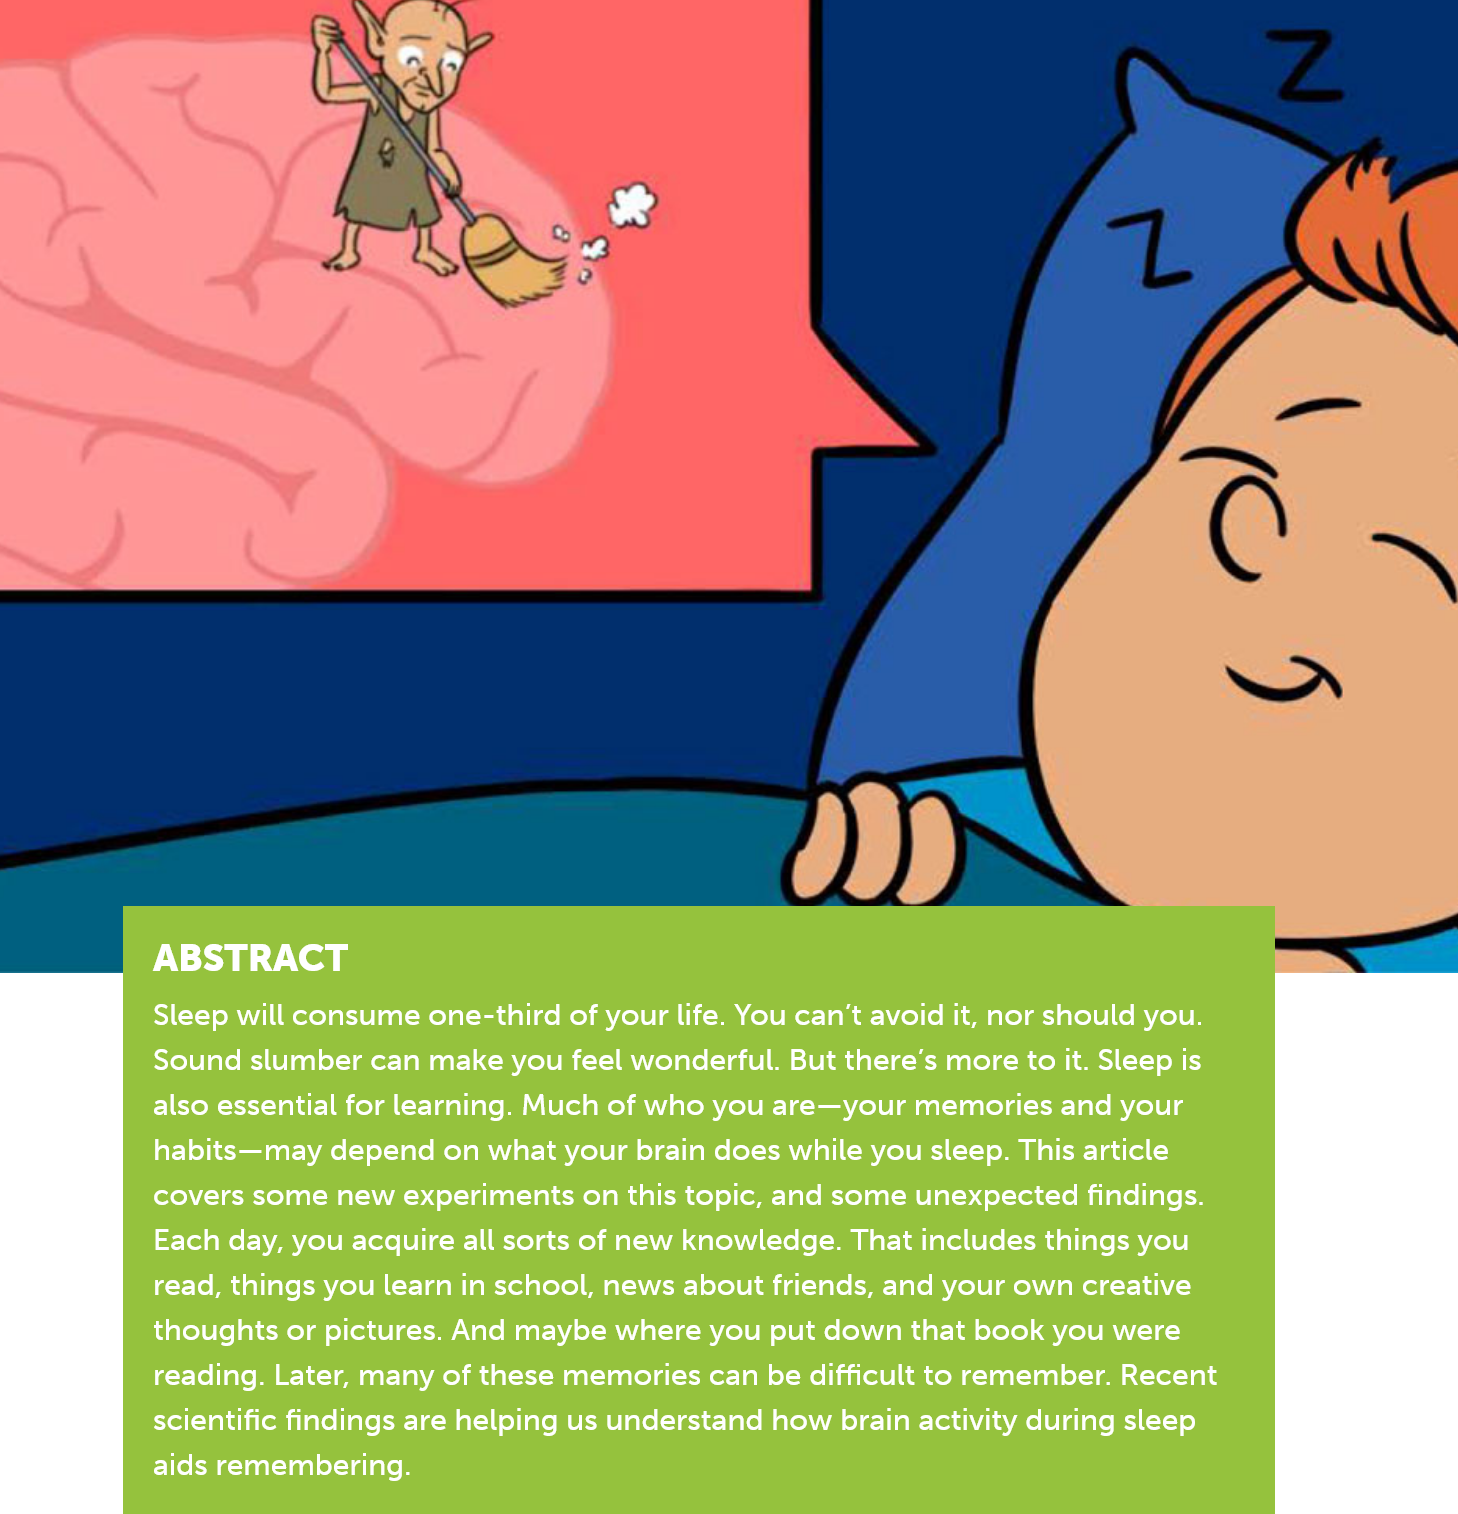
Sleep will consume one-third of your life. You can’t avoid it, nor should you.
     Sound  slumber can make you feel wonderful. But there’s more to it. Sleep is
     also essential for learning. Much of who you are—your memories and your
     habits—may  depend on what your brain does while you sleep. This article
     covers some new  experiments on this topic, and some unexpected findings.
     Each day, you acquire all sorts of new knowledge. That includes things you
     read, things you learn in school, news about friends, and your own creative
     thoughts or pictures. And maybe where you put down that book you were
     reading. Later, many of these memories can be difficult to remember. Recent
     scientific findings are helping us understand how brain activity during sleep
     aids remembering.
     ABSTRACT